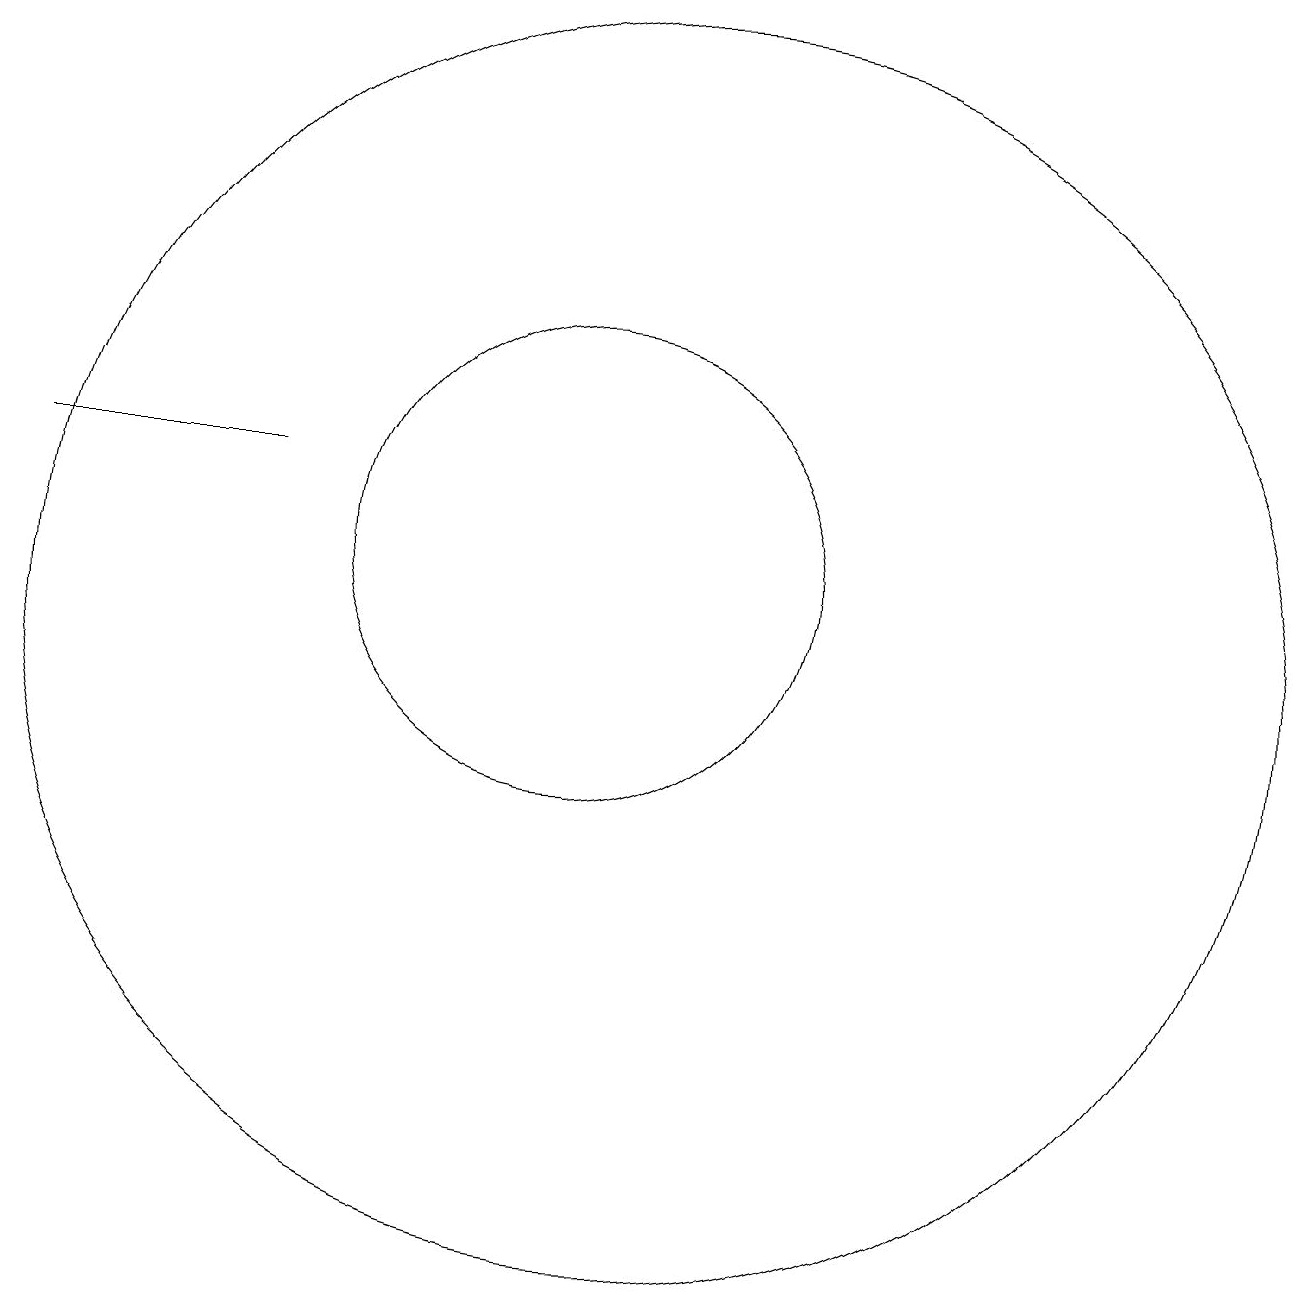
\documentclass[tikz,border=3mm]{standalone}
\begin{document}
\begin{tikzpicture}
\draw (10,11) circle (3);
\draw (6,12) rectangle (3,12);
\draw (11,10) circle (8);
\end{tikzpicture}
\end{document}